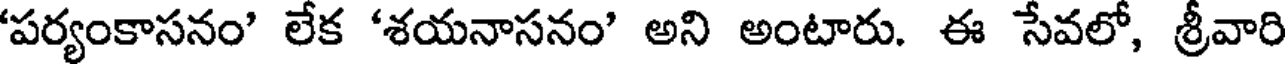
'పర్యంకాసనం' లేక 'శయనాసనం' అని అంటారు. ఈ సేవలో, శ్రీవారి